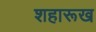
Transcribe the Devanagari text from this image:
शहारूख